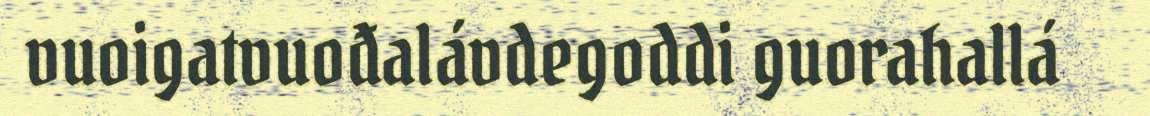
vuoigatvuođalávdegoddi guorahallá